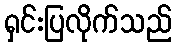
ရှင်းပြလိုက်သည်